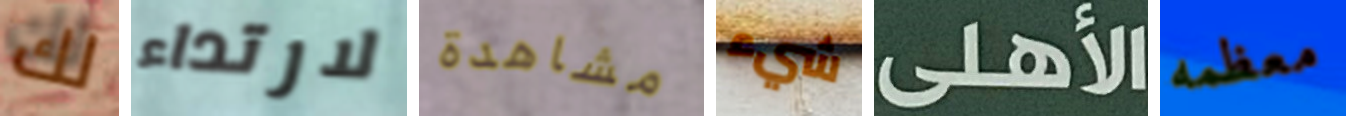
لك لارتداء مشاهدة شيء الأهلى معظمه